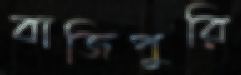
বাজিপুরি